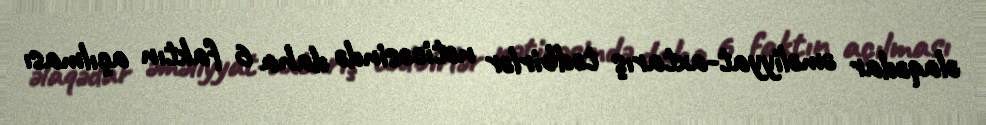
əlaqədar əməliyyat-axtarış tədbirlər nəticəsində daha 6 faktın açılması